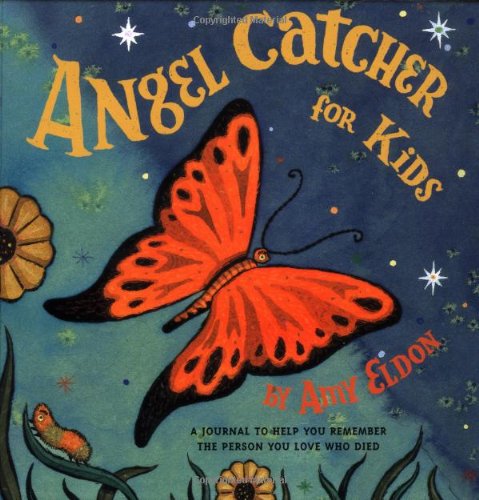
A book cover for Angel Catcher for Kids: A Journal to Help You Remember the Person You Love Who Died; Amy Eldon; Self-Help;